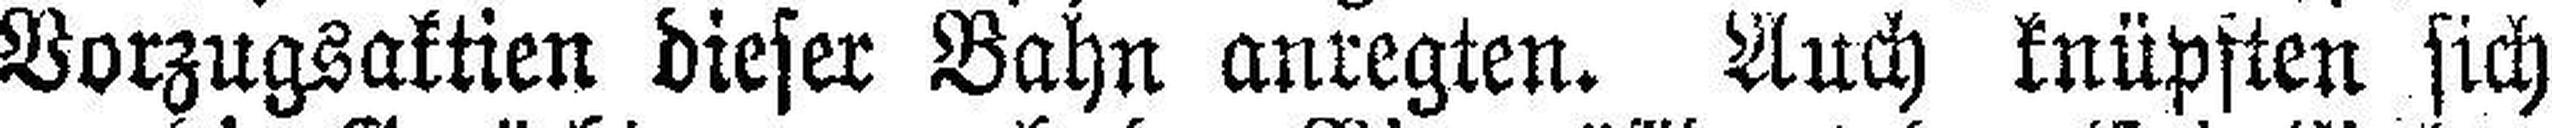
Vorzugsaktien dieser Bahn anregten. Auch knüpften sich